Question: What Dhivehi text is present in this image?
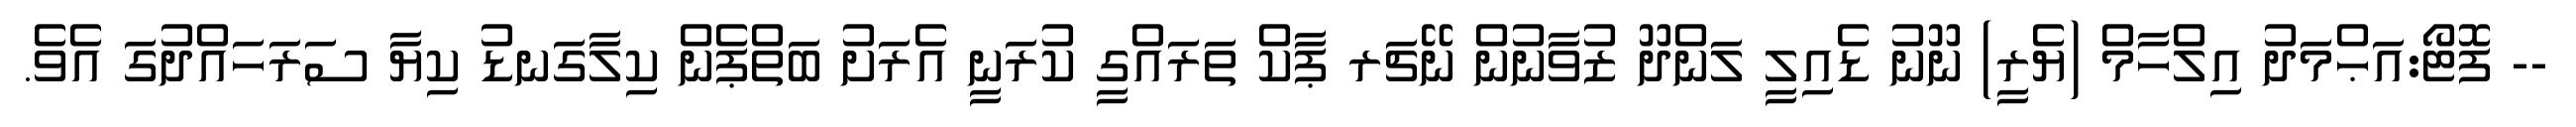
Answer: -- ފޮޓޯ:އަޙްމަދު އިލްހާމް (ޔެރީ) ނޫނު ޑެއިލީ ލަންދޫ ޒުވާނުން ނޭޗަރ ޕާކް ތަރައްގީ ކުރަނީ އެރަށު ބަތްޕެން ކިލާގަނޑު ކިޔާ ސަރަހައްދުގަ އެވެ.